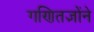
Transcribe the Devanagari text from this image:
गणितज्ञोंने